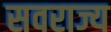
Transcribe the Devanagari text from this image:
सवराज्य